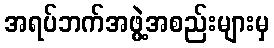
အရပ်ဘက်အဖွဲ့အစည်းများမှ